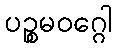
ပဉ္စမဝဂ္ဂေါ